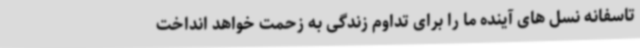
تاسفانه نسل های آینده ما را برای تداوم زندگی به زحمت خواهد انداخت